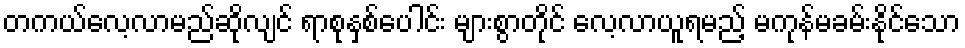
တကယ်လေ့လာမည်ဆိုလျင် ရာစုနှစ်ပေါင်း များစွာတိုင် လေ့လာယူရမည့် မကုန်မခမ်းနိုင်သော